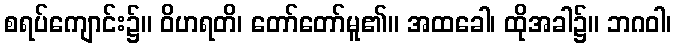
စရပ်ကျောင်း၌။ ဝိဟရတိ၊ တော်တော်မူ၏။ အထခေါ၊ ထိုအခါ၌။ ဘဂဝါ၊